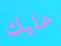
عليك